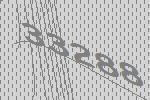
33288